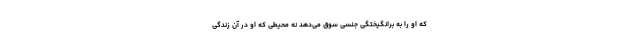
که او را به برانگیختگی جنسی سوق می‌دهد نه محیطی که او در آن زندگی